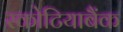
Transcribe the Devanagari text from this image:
स्कोटियाबैंक